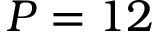
P = 1 2